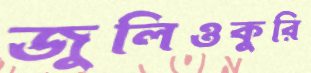
জুলিওকুরি